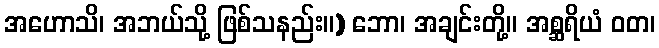
အဟောသိ၊ အဘယ်သို့ ဖြစ်သနည်း။) ဘော၊ အချင်းတို့။ အစ္ဆရိယံ ဝတ၊